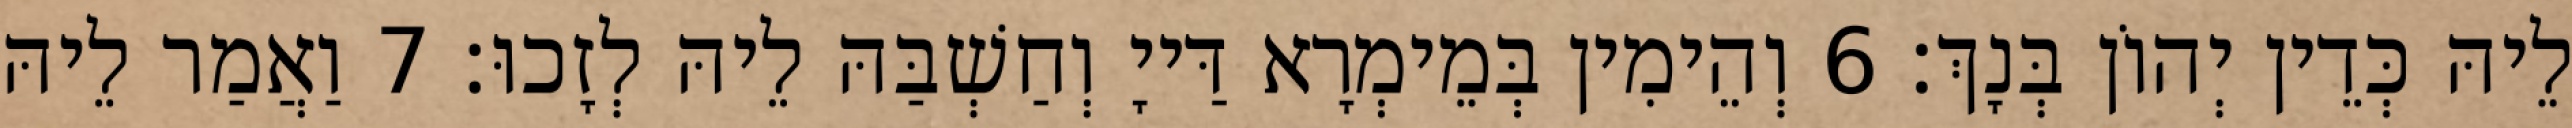
לֵיהּ כְּדֵין יְהוֹן בְּנָךְ׃ 6 וְהֵימִין בְּמֵימְרָא דַּייָ וְחַשְׁבַּהּ לֵיהּ לְזָכוּ׃ 7 וַאֲמַר לֵיהּ